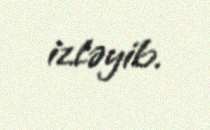
izləyib.